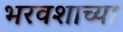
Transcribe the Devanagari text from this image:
भरवशाच्या